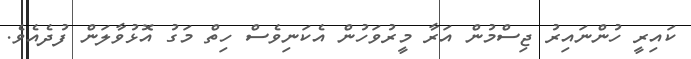
ކައިރީ ހުންނައިރު ޖިސްމުން އަރާ މީރުވަހުން އެކަނިވެސް ހިތް މަގު އޮޅުވާލަން ފުދެއެވެ.